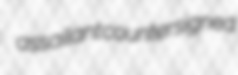
assailant countersigned